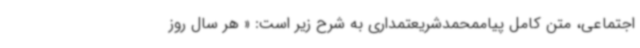
اجتماعی، متن کامل پیاممحمدشریعتمداری به شرح زیر است: « هر سال روز